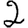
Digit: 2